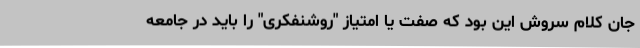
جان کلام سروش این بود که صفت یا امتیاز "روشنفکری" را باید در جامعه